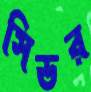
সিডর